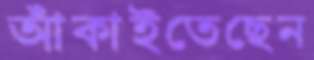
আঁকাইতেছেন